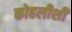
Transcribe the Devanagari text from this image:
कोहलीशी